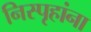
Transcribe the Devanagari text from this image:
निस्पृहांना